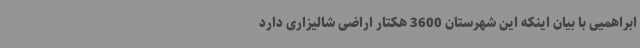
ابراهمیی با بیان اینکه این شهرستان 3600 هکتار اراضی شالیزاری دارد